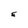
Character: E